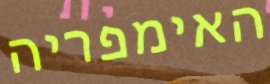
האימפריה